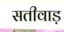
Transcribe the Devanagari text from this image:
सतीवाड़